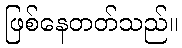
ဖြစ်နေတတ်သည်။